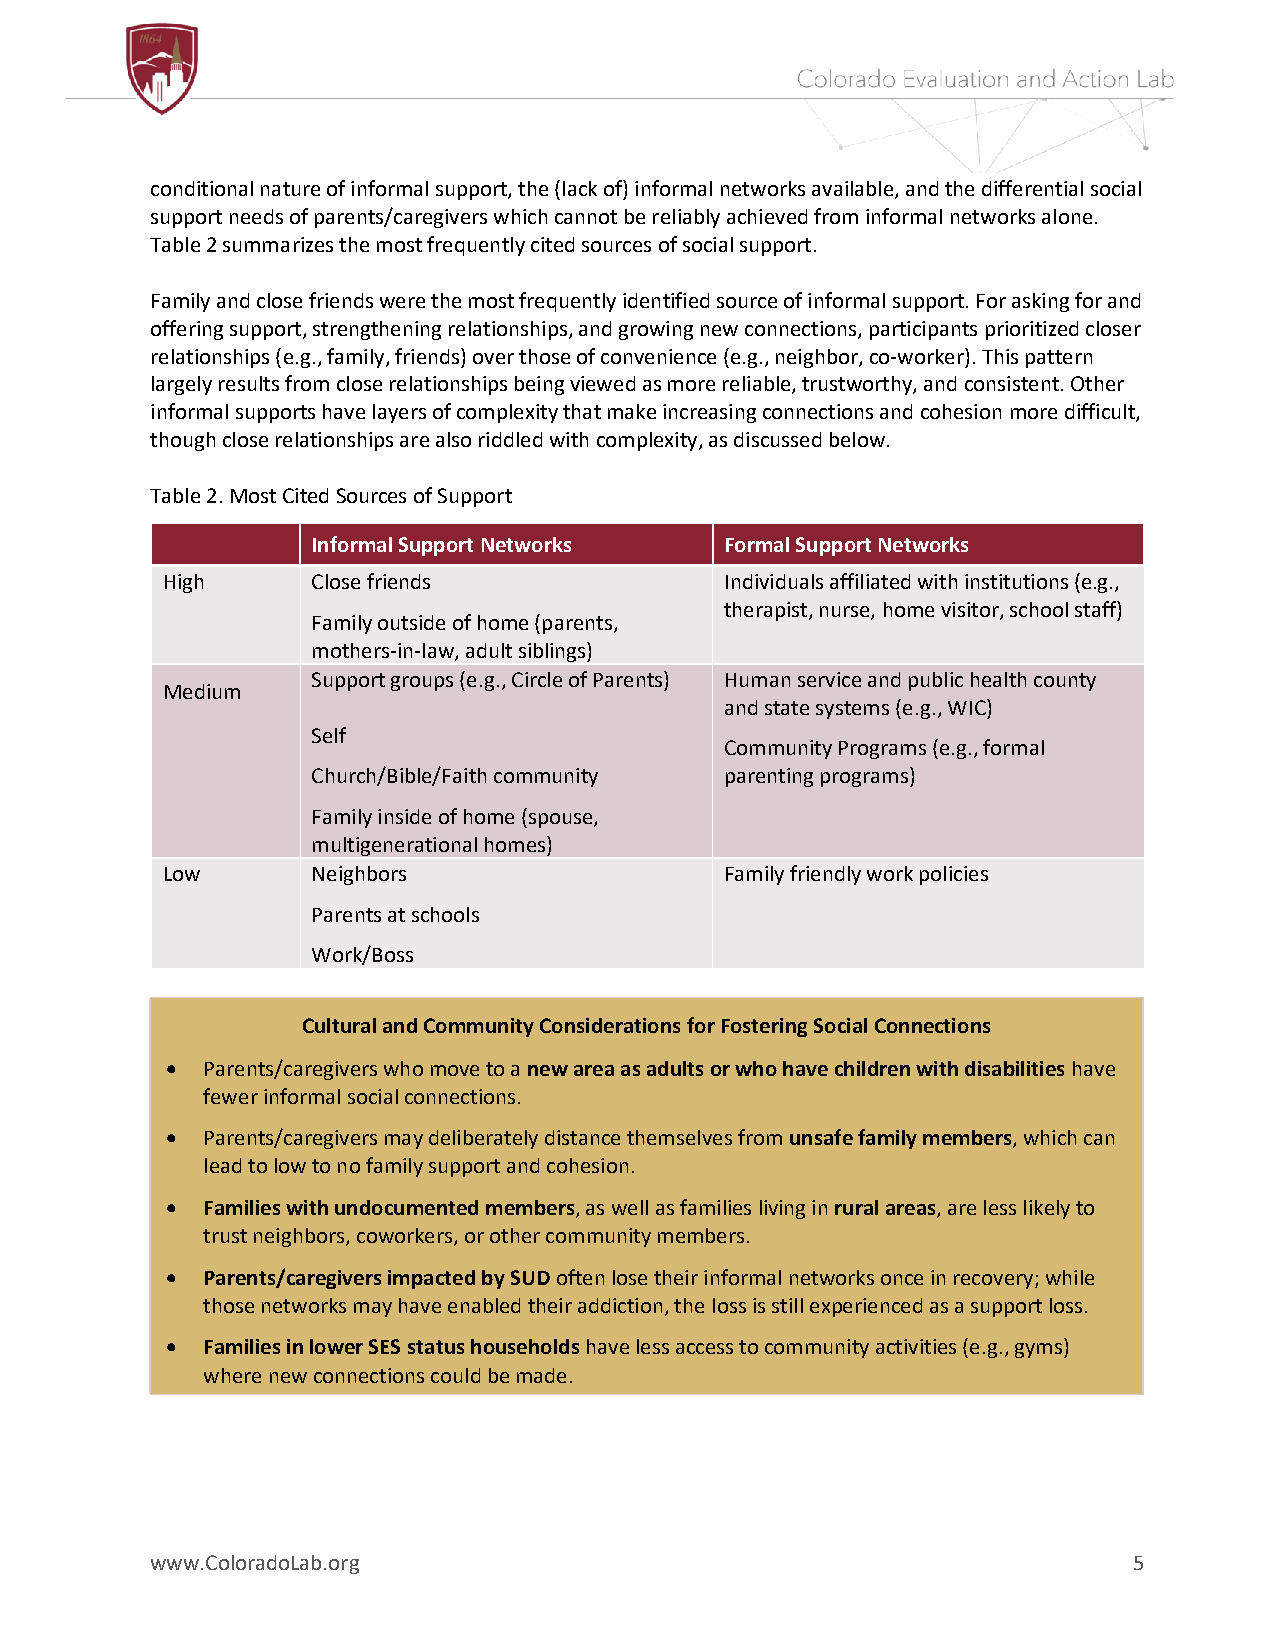
conditional nature of informal support, the (lack of) informal networks available, and the differential social
 support needs of parents/caregivers which cannot be reliably achieved from informal networks alone.
 Table 2 summarizes the most frequently cited sources of social support.
 Family and close friends were the most frequently identified source of informal support. For asking for and
 offering support, strengthening relationships, and growing new connections, participants prioritized closer
 relationships (e.g., family, friends) over those of convenience (e.g., neighbor, co-worker). This pattern
 largely results from close relationships being viewed as more reliable, trustworthy, and consistent. Other
 informal supports have layers of complexity that make increasing connections and cohesion more difficult,
 though close relationships are also riddled with complexity, as discussed below.
 Table 2. Most Cited Sources of Support
 Informal Support Networks  Formal Support Networks
 High      Close friends              Individuals affiliated with institutions (e.g.,
 therapist, nurse, home visitor, school staff)
 Family outside of home (parents,
 mothers-in-law, adult siblings)
 Support groups (e.g., Circle of Parents) Human service and public health county
 Medium
 and state systems (e.g., WIC)
 Self
 Community Programs (e.g., formal
 Church/Bible/Faith community parenting programs)
 Family inside of home (spouse,
 multigenerational homes)
 Low       Neighbors                  Family friendly work policies
 Parents at schools
 Work/Boss
 Cultural and Community Considerations for Fostering Social Connections
 • Parents/caregivers who move to a new area as adults or who have children with disabilities have
 fewer informal social connections.
 • Parents/caregivers may deliberately distance themselves from unsafe family members, which can
 lead to low to no family support and cohesion.
 • Families with undocumented members, as well as families living in rural areas, are less likely to
 trust neighbors, coworkers, or other community members.
 • Parents/caregivers impacted by SUD often lose their informal networks once in recovery; while
 those networks may have enabled their addiction, the loss is still experienced as a support loss.
 • Families in lower SES status households have less access to community activities (e.g., gyms)
 where new connections could be made.
 www.ColoradoLab.org                                              5